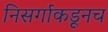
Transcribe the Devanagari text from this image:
निसर्गाकडूनच